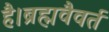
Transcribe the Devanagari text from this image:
है।ब्रह्मवैवर्त